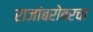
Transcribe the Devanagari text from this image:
राजांबरोबरचा